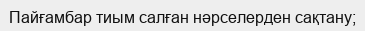
Пайғамбар тиым салған нәрселерден сақтану;